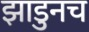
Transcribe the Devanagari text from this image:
झाडुनच